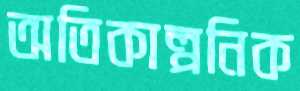
অতিকাল্পনিক